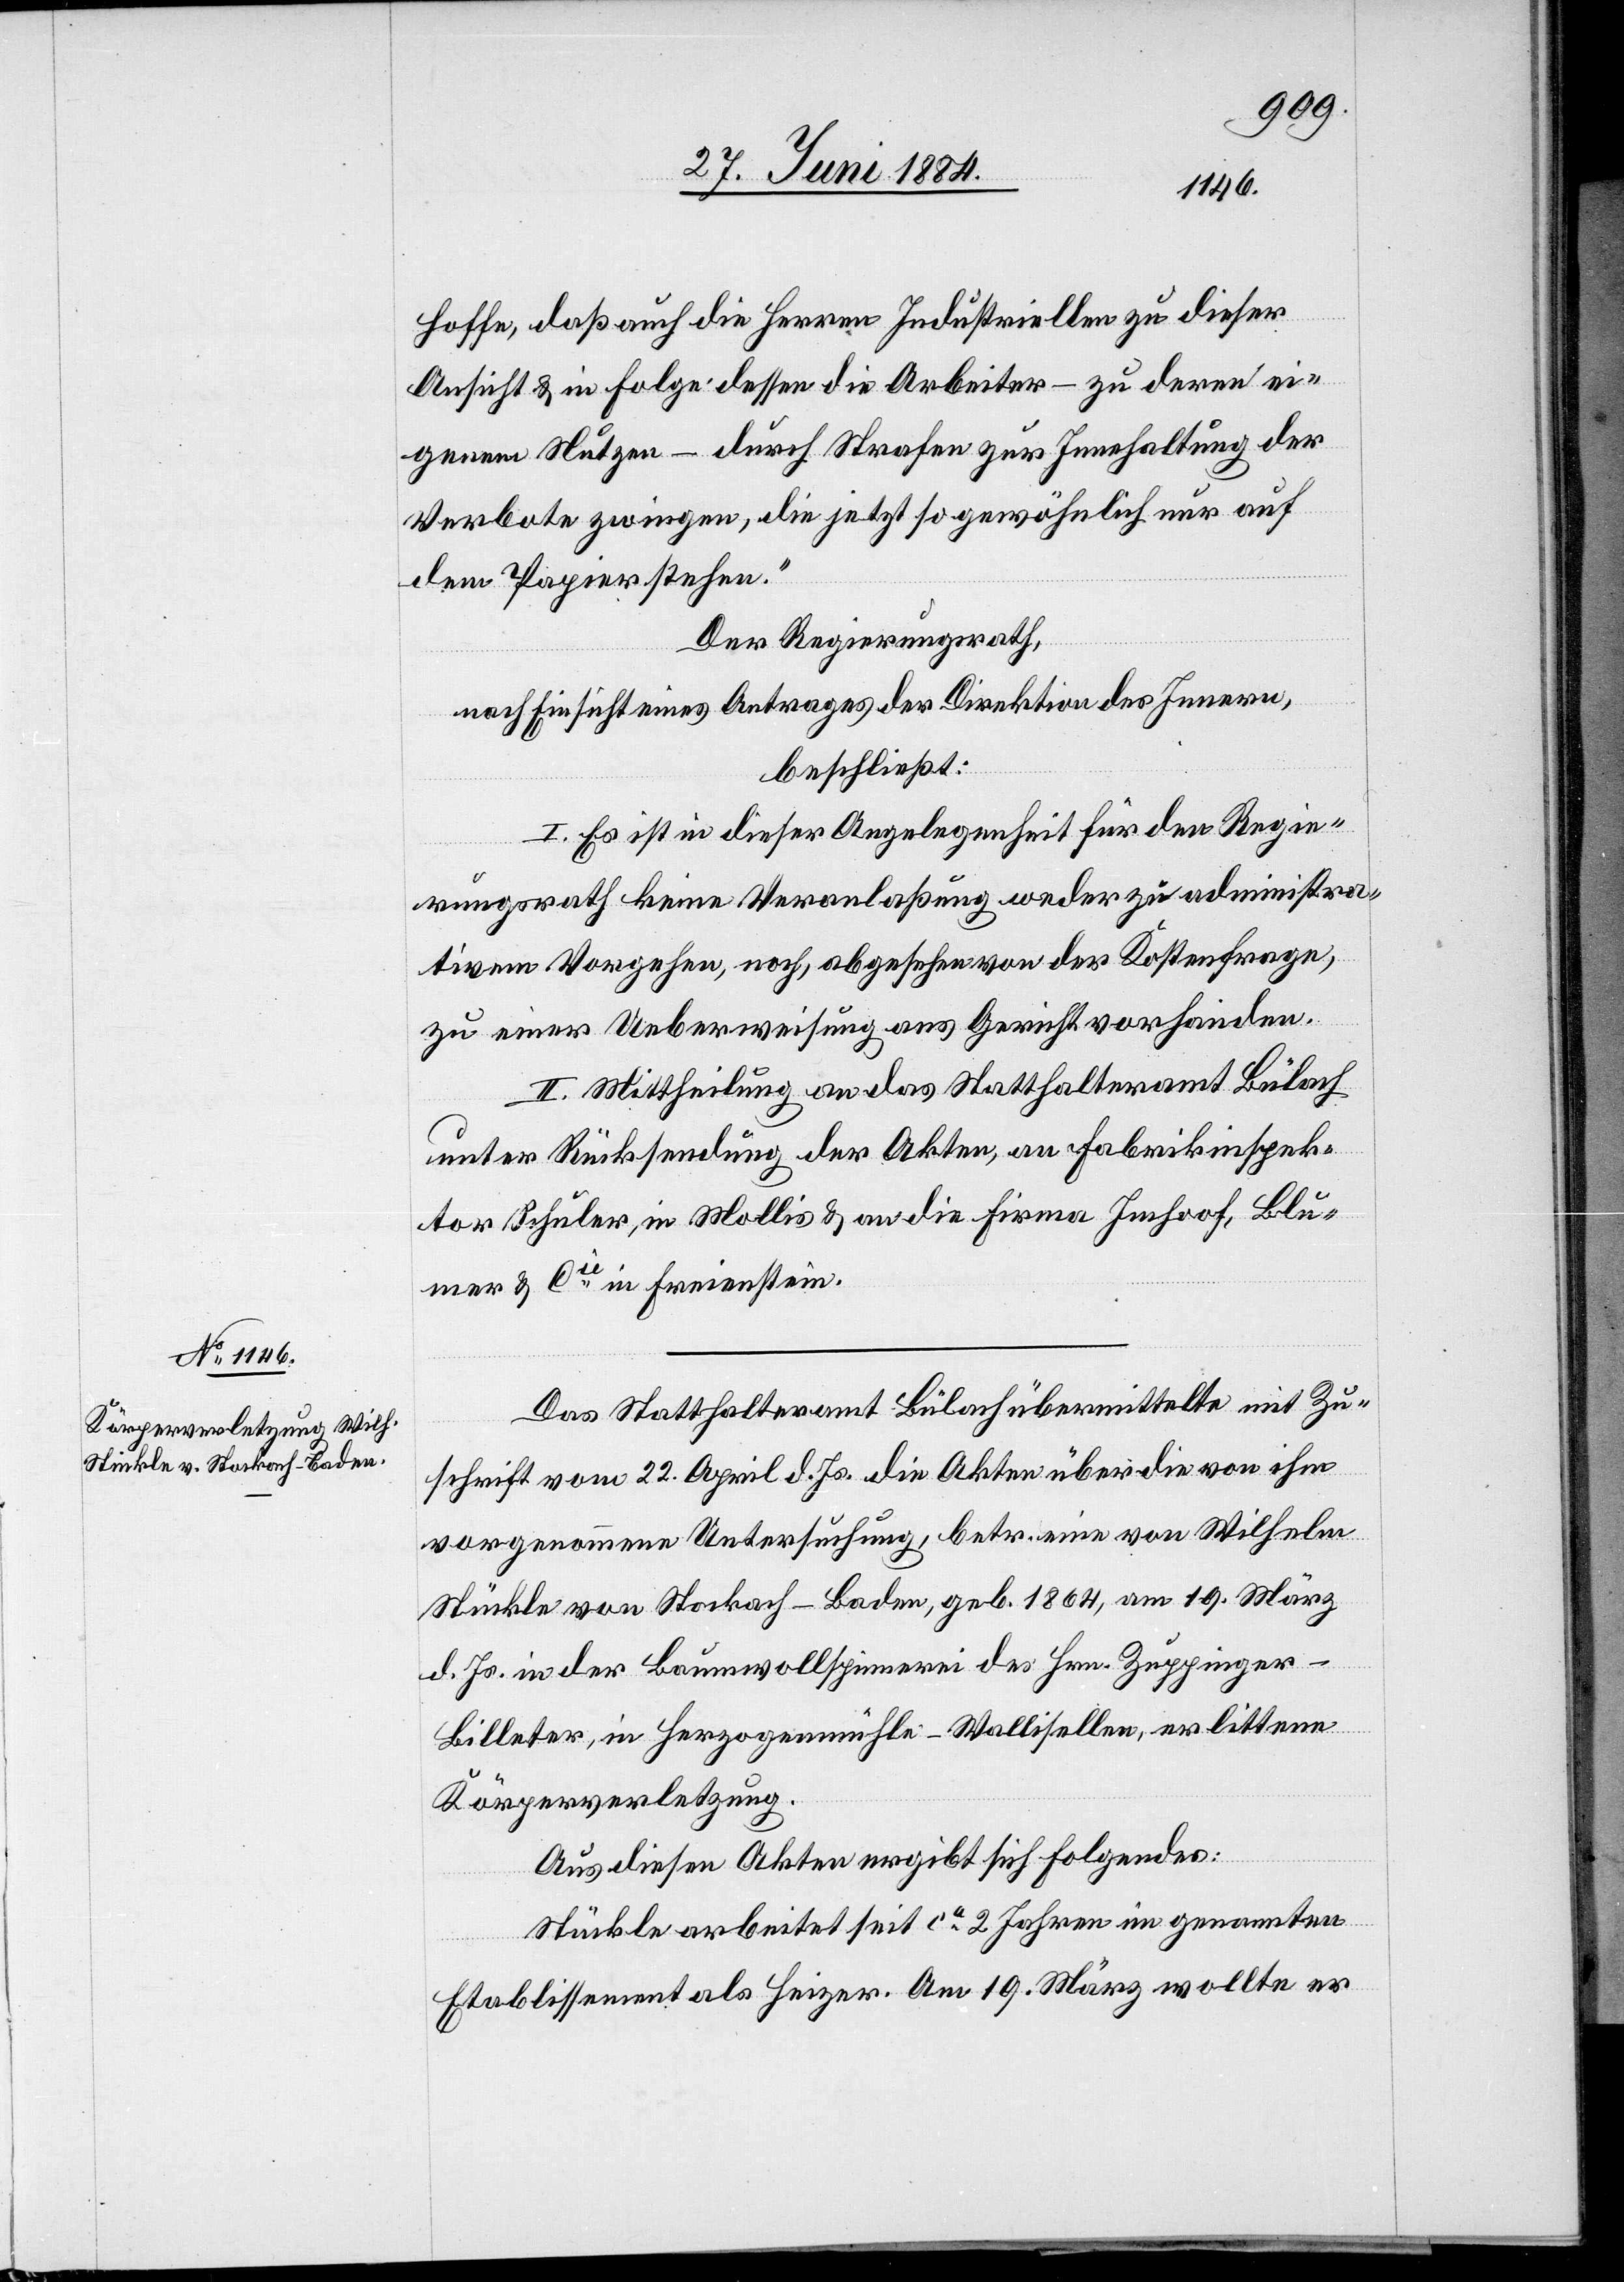
hoffe, daß auch die Herren Industriellen zu dieser
Ansicht & in Folge dessen die Arbeiter – zu deren ei¬
genem Nutzen – durch Strafen zur Innehaltung der
Verbote zwingen, die jetzt so gewöhnlich nur auf
dem Papier stehen.“
Der Regierungsrath,
nach Einsicht eines Antrages der Direktion des Innern,
beschließt:
I. Es ist in dieser Angelegenheit für den Regie¬
rungsrath keine Veranlaßung weder zu administra¬
tivem Vorgehen, noch, abgesehen von der Kostenfrage,
zu einer Ueberweisung ans Gericht vorhanden.
II. Mittheilung an das Statthalteramt Bülach
unter Rücksendung der Akten, an Fabrikinspek¬
tor Schuler, in Mollis & an die Firma Imhoof, Blu¬
mer & Cie in Freienstein.
Das Statthalteramt Bülach übermittelte mit Zu¬
schrift vom 22. April d. Js. die Akten über die von ihm
vorgenommene Untersuchung, betr. eine von Wilhelm
Stückle von Stockach - Baden, geb. 1864, am 19. März
d. Js. in der Baumwollspinnerei des Hrn. Zuppinger-B¬
illeter, in Herzogenmühle - Wallisellen, erlittene
Körperverletzung.
Aus diesen Akten ergibt sich Folgendes:
Stückle arbeitet sei ca 2 Jahren im genannten
Etablissement als Heizer. Am 19. März wollte er